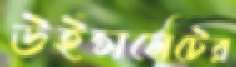
উইন্সলেটের